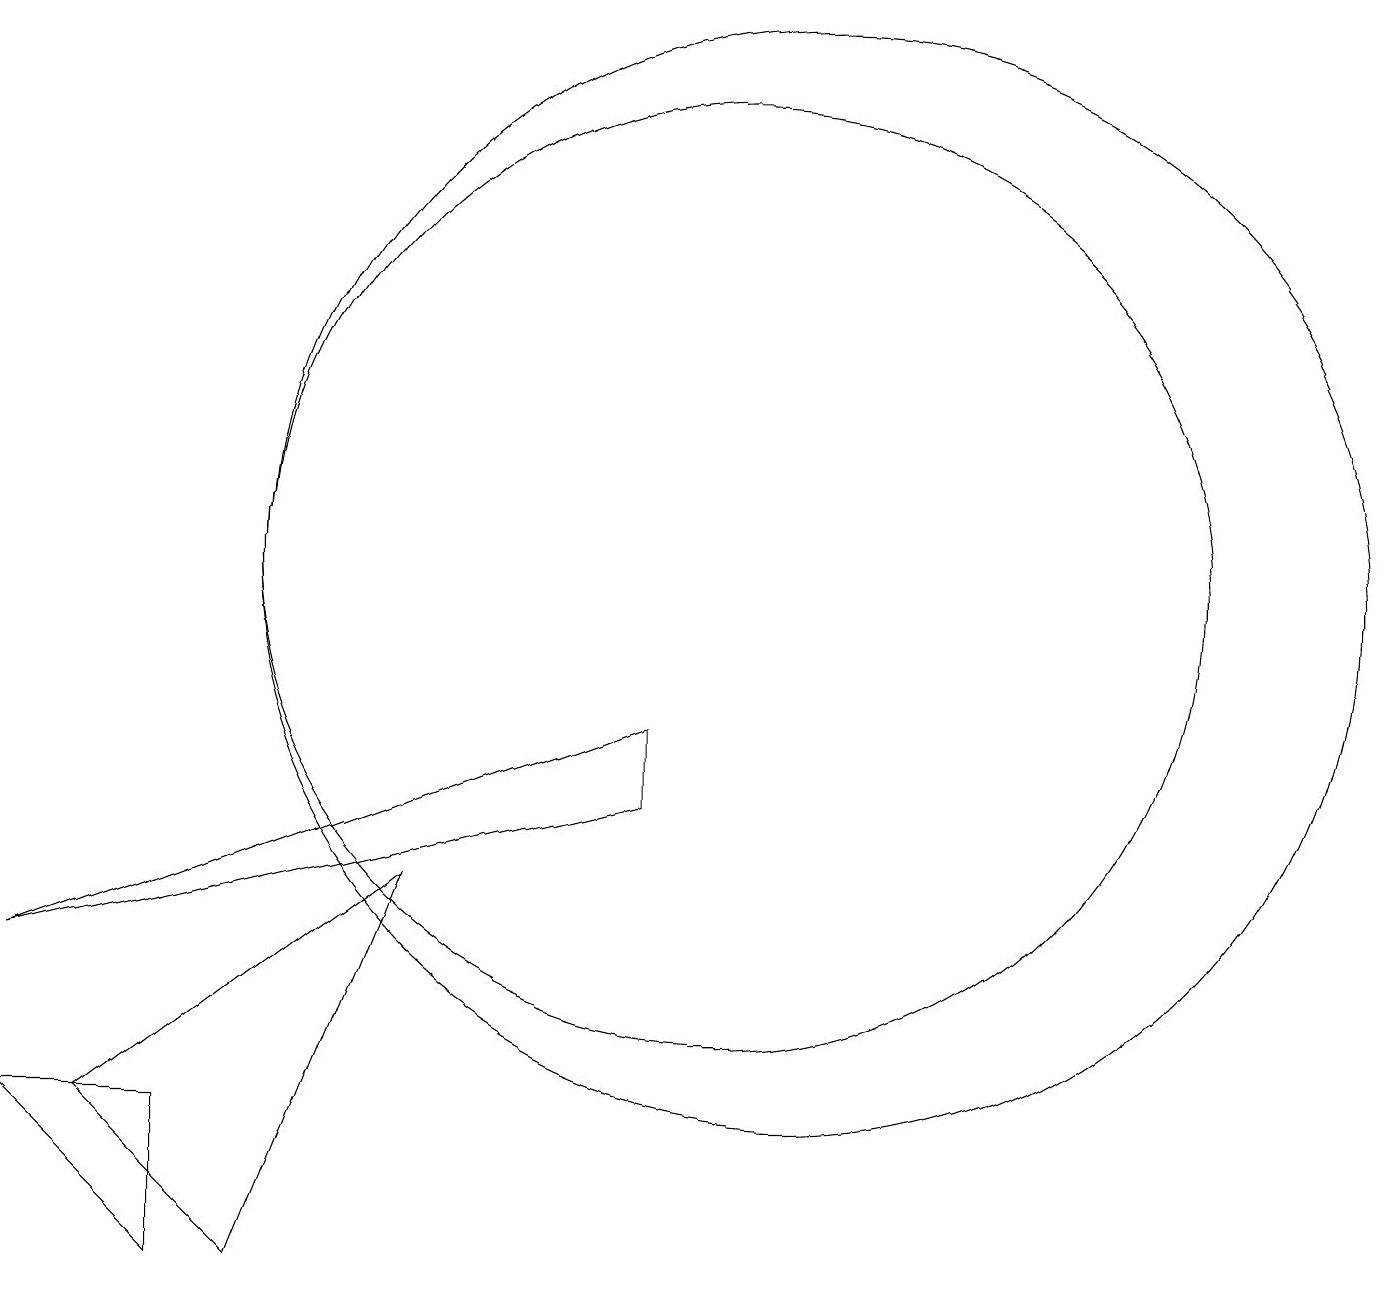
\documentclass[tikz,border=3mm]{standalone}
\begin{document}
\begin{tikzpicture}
\draw (6,7) -- (2,4) -- (4,2) -- cycle;
\draw (10,11) circle (6);
\draw (9,8) -- (9,9) -- (1,6) -- cycle;
\draw (1,4) -- (3,4) -- (3,2) -- cycle;
\draw (11,11) circle (7);
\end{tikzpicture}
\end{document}